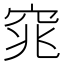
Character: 窕